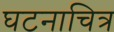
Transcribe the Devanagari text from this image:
घटनाचित्र